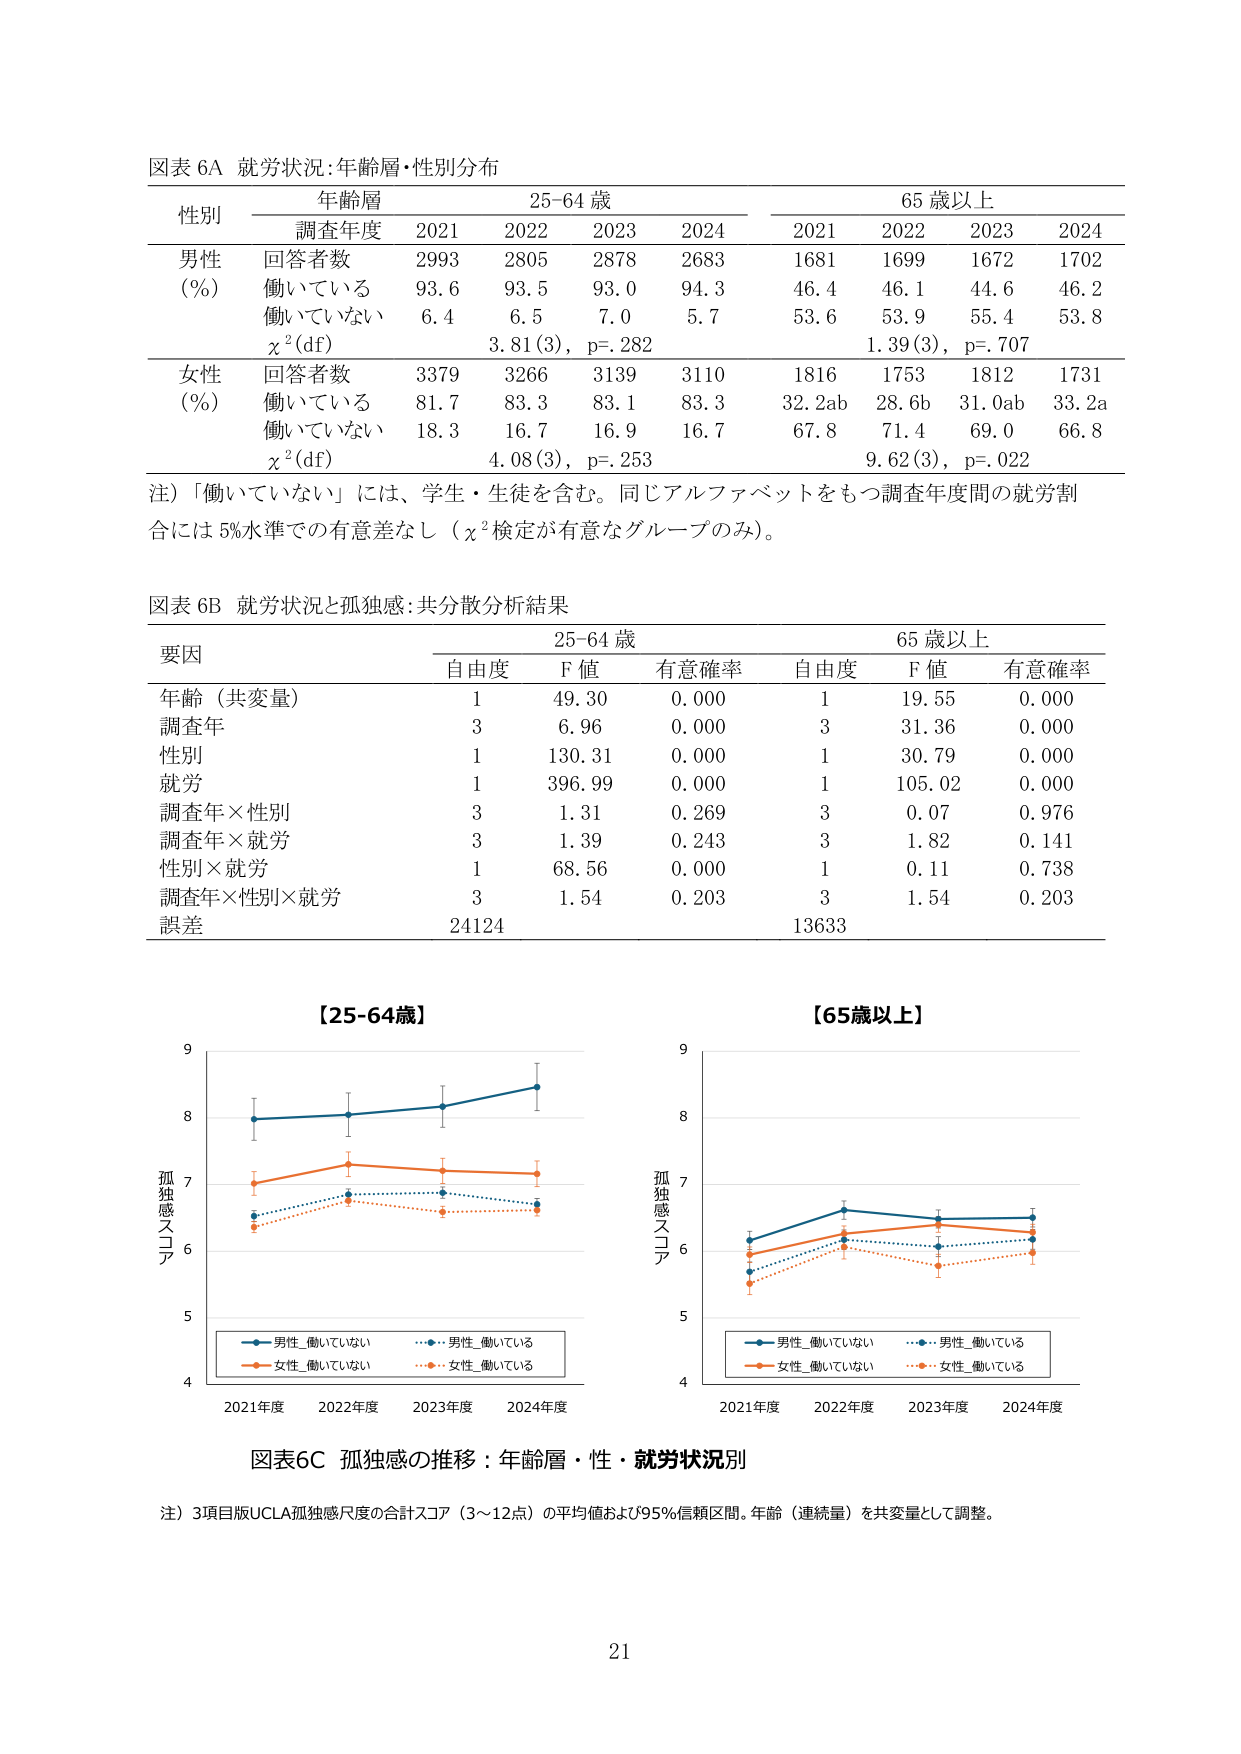
図表 6A 就労状況:年齢層・性別分布

性別 年齢層 25-64 歳 65 歳以上
　　　調査年度 2021 2022 2023 2024 2021 2022 2023 2024

男性 回答者数 2993 2805 2878 2683 1681 1699 1672 1702
(%) 働いている 93.6 93.5 93.0 94.3 46.4 46.1 44.6 46.2
　　働いていない 6.4 6.5 7.0 5.7 53.6 53.9 55.4 53.8
　　χ²(df) 3.81(3), p=.282 1.39(3), p=.707

女性 回答者数 3379 3266 3139 3110 1816 1753 1812 1731
(%) 働いている 81.7 83.3 83.1 83.3 32.2ab 28.6b 31.0ab 33.2a
　　働いていない 18.3 16.7 16.9 16.7 67.8 71.4 69.0 66.8
　　χ²(df) 4.08(3), p=.253 9.62(3), p=.022

注）「働いていない」には、学生・生徒を含む。同じアルファベットをもつ調査年度間の就労割合には 5%水準での有意差なし（χ²検定が有意なグループのみ）。

図表 6B 就労状況と孤独感:共分散分析結果

要因 25-64 歳 65 歳以上
　　　自由度 F 値 有意確率 自由度 F 値 有意確率

年齢（共変量） 1 49.30 0.000 1 19.55 0.000
調査年 3 6.96 0.000 3 31.36 0.000
性別 1 130.31 0.000 1 30.79 0.000
就労 1 396.99 0.000 1 105.02 0.000
調査年×性別 3 1.31 0.269 3 0.07 0.976
調査年×就労 3 1.39 0.243 3 1.82 0.141
性別×就労 1 68.56 0.000 1 0.11 0.738
調査年×性別×就労 3 1.54 0.203 3 1.54 0.203
誤差 24124 13633

【25-64歳】
【65歳以上】

孤独感スコア
9
8
7
6
5
4
2021年度 2022年度 2023年度 2024年度

孤独感スコア
9
8
7
6
5
4
2021年度 2022年度 2023年度 2024年度

図表6C 孤独感の推移：年齢層・性・就労状況別

注）3項目版UCLA孤独感尺度の合計スコア（3～12点）の平均値および95%信頼区間。年齢（連続量）を共変量として調整。

21